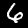
Label: 6